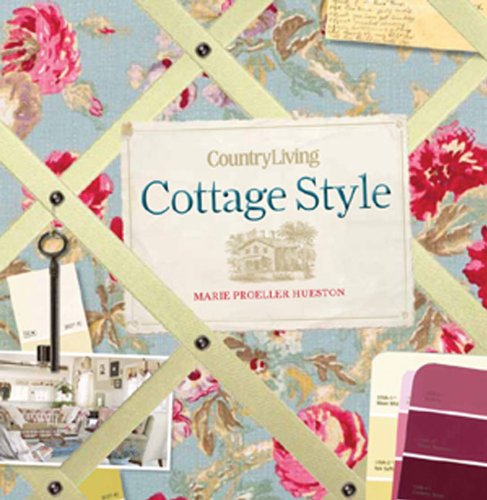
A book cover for Country Living Cottage Style; M. P. Hueston; Crafts, Hobbies & Home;